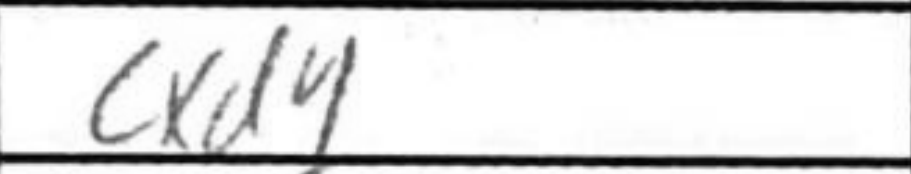
Transcription: cxd4